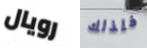
رويال فلذلك